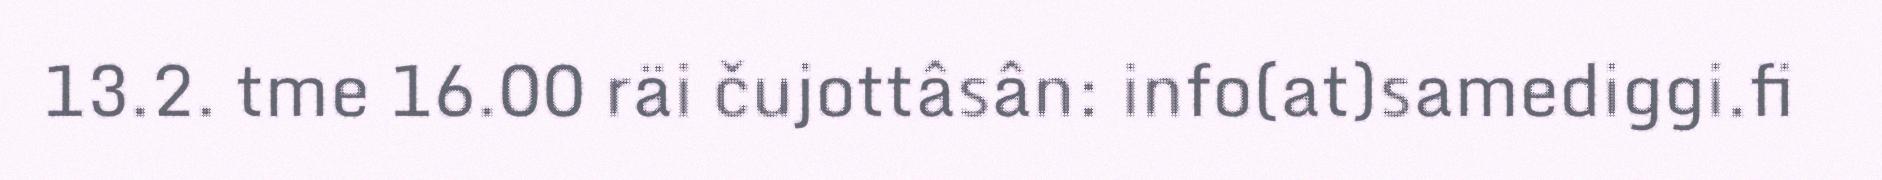
13.2. tme 16.00 räi čujottâsân: info(at)samediggi.fi